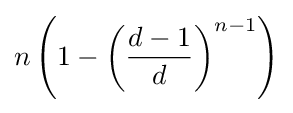
n\left(1-\left({\frac {d-1}{d}}\right)^{n-1}\right)